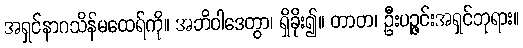
အရှင်နာဂသိန်မထေရ်ကို။ အဘိဝါဒေတွာ၊ ရှိခိုး၍။ တာတ၊ ဦးပဉ္ဇင်းအရှင်ဘုရား။